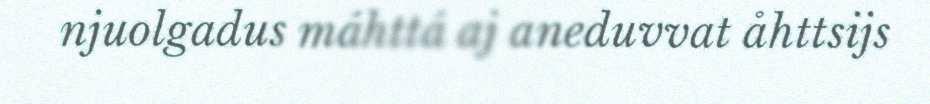
njuolgadus máhttá aj aneduvvat åhttsijs